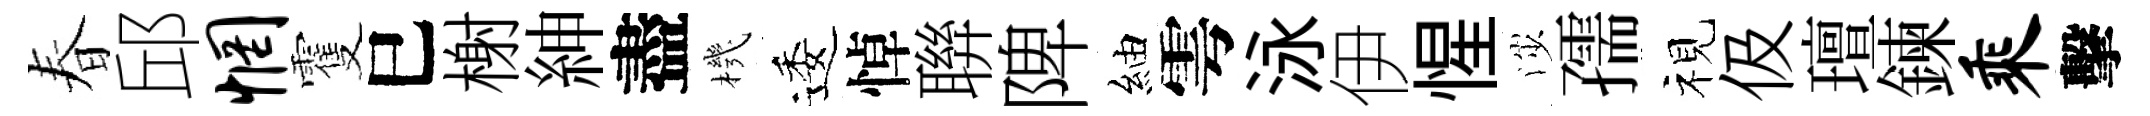
春邱惘䨥巳榭紳盡機逶悼聨陴紬雩泳伊惺渉孺视伋璮鍊乘擊